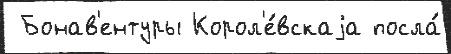
 Бонав'ентуры Корол'е́вскаjа посла́